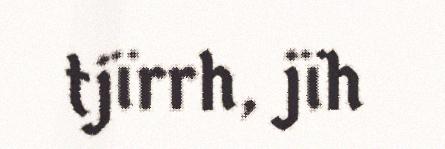
tjïrrh, jïh